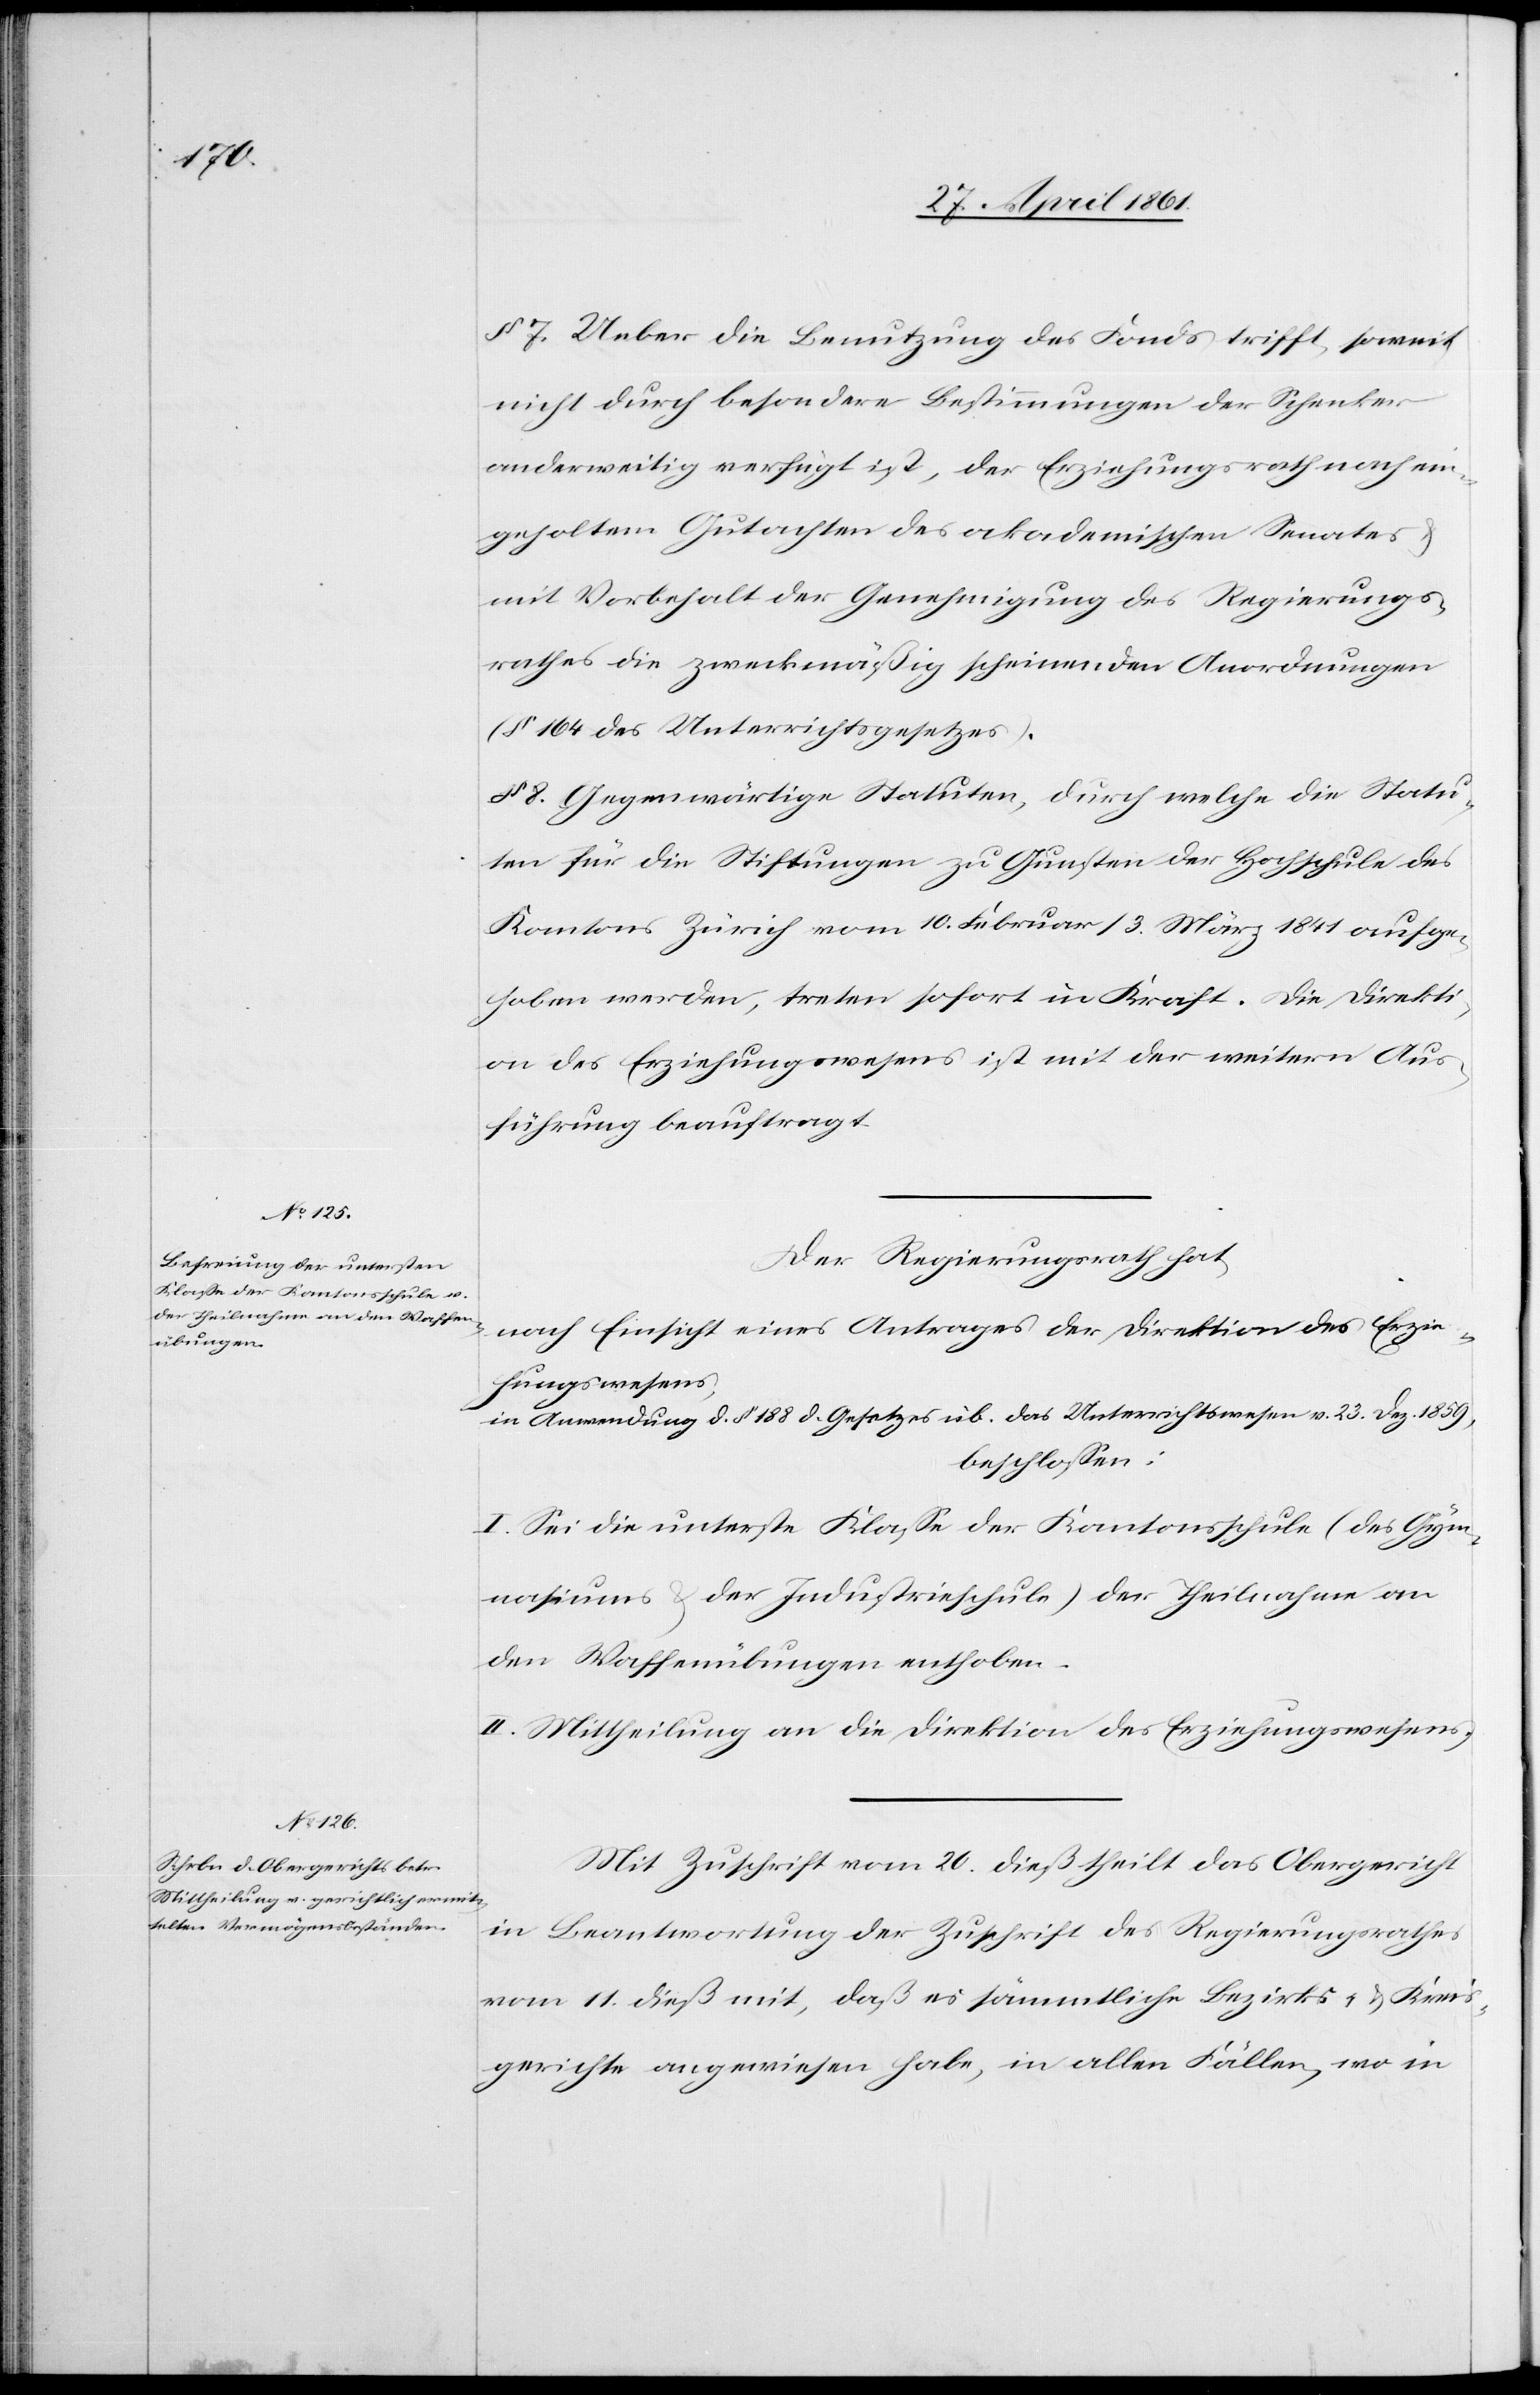
§ 7. Ueber die Benutzung des Fonds trifft, soweit
nicht durch besondere Bestimmungen der Schenker
anderweitig verfügt ist, der Erziehungsrath nach ein¬
geholtem Gutachten des akademischen Senates
mit Vorbehalt der Genehmigung des Regierungs¬
rathes die zweckmäßig scheinenden Anordnungen
(§ 164 des Unterrichtsgesetzes).
§ 8. Gegenwärtige Statuten, durch welche die Statu¬
ten für die Stiftungen zu Gunsten der Hochschule des
Kantons Zürich vom 10. Februar / 3. März 1841 aufge¬
hoben werden, treten sofort in Kraft. Die Direkti¬
on des Erziehungswesens ist mit der weitern Aus¬
führung beauftragt.
Der Regierungsrath hat,
nach Einsicht eines Antrages der Direktion des Erzie¬
hungswesens,
in Anwendung d. § 188 d. Gesetzes üb. das Unterrichtswesen v. 23. Dez. 1859,
beschlossen:
I. Sei die unterste Klasse der Kantonsschule (des Gym¬
nasiums u. der Industrieschule) der Theilnahme an
den Waffenübungen enthoben.
II. Mittheilung an die Direktion des Erziehungswesens.
Mit Zuschrift vom 20. dieß theilt das Obergericht
in Beantwortung der Zuschrift des Regierungsrathes
vom 11. dieß mit, daß es sämmtliche Bezirks- u. Kreis¬
gerichte angewiesen habe, in allen Fällen, wo in